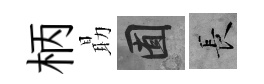
柄朂囿长